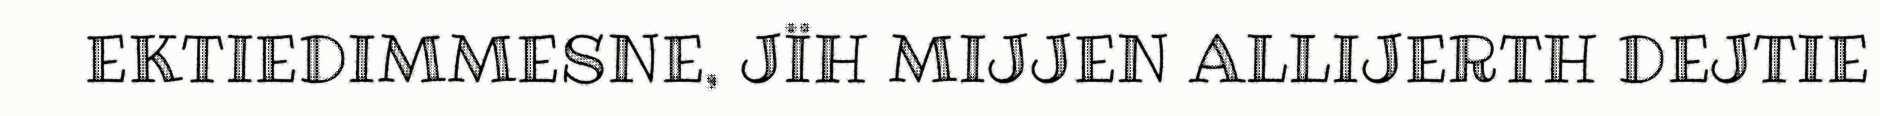
EKTIEDIMMESNE, JÏH MIJJEN ALLIJERTH DEJTIE